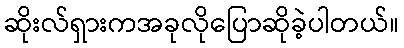
ဆိုးလ်ရှားကအခုလိုပြောဆိုခဲ့ပါတယ်။